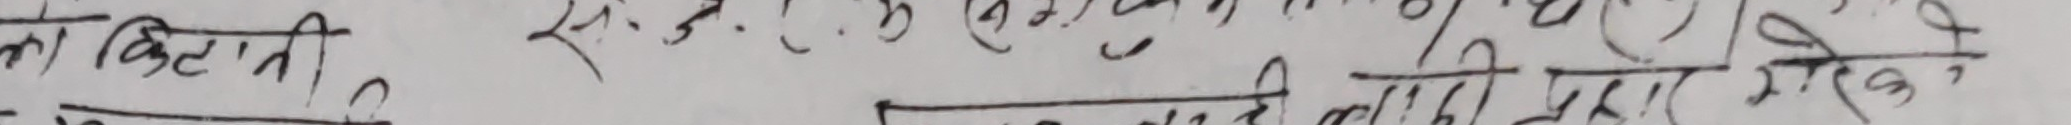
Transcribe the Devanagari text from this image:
को कितनी?  स.नं. १ को प्रति दिए लेखे ।